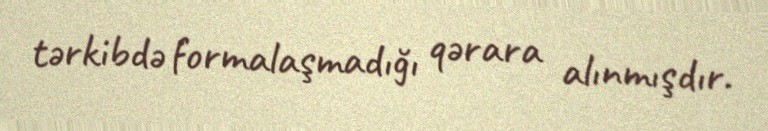
tərkibdə formalaşmadığı qərara alınmışdır.